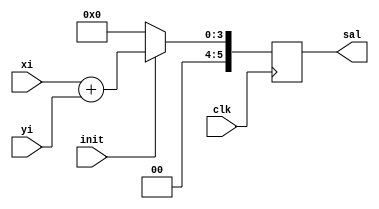
`timescale 1ns / 1ps

module sum4b(clk, init, xi, yi, sal);

  input clk;
  input init;
  input [2:0] xi;
  input [2:0] yi;
  output reg [5:0] sal;
 
always @(posedge clk) begin
    if(init) sal = xi+yi;
    else sal=0;
end

endmodule